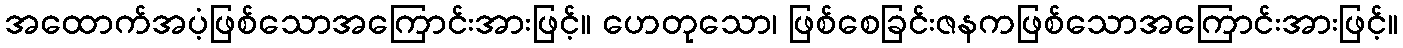
အထောက်အပံ့ဖြစ်သောအကြောင်းအားဖြင့်။ ဟေတုသော၊ ဖြစ်စေခြင်းဇနကဖြစ်သောအကြောင်းအားဖြင့်။